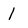
Character: 1